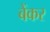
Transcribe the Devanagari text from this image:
बेंकर